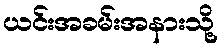
ယင်းအခမ်းအနားသို့